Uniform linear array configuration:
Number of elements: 4
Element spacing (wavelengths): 1
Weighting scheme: exponential
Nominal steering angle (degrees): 60
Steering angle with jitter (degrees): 58.627
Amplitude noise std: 0.05
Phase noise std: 0.05

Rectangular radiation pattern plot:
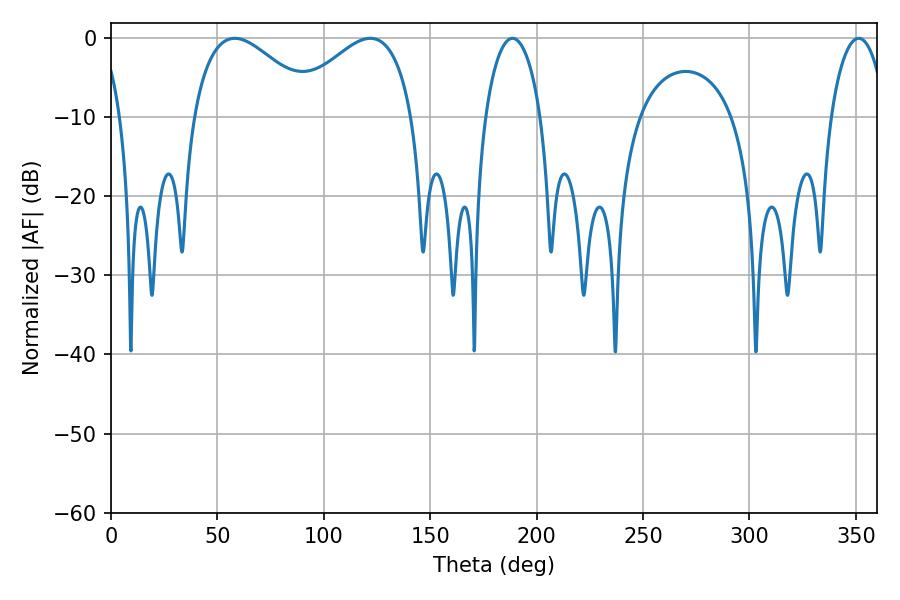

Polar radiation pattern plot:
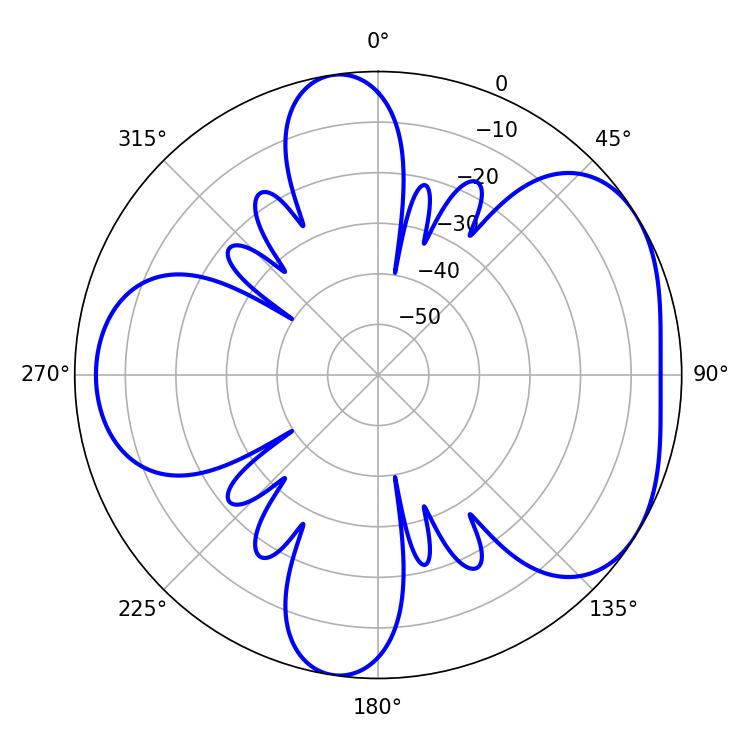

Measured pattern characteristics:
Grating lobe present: TRUE
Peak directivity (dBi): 4.584
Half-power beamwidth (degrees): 31.68
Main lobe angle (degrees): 58.14